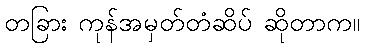
တခြား ကုန်အမှတ်တံဆိပ် ဆိုတာက။